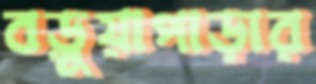
বড়ুয়াপাড়ার